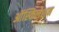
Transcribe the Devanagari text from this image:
ऑस्किलेशन